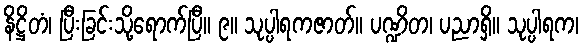
နိဋ္ဌိတံ၊ ပြီးခြင်းသို့ရောက်ပြီ။ ၉။ သုပ္ပါရကဇာတ်။ ပဏ္ဍိတ၊ ပညာရှိ။ သုပ္ပါရက၊